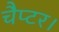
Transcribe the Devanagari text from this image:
चैप्टर।